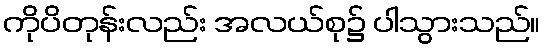
ကိုပိတုန်းလည်း အလယ်စု၌ ပါသွားသည်။